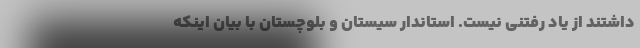
داشتند از یاد رفتنی نیست. استاندار سیستان و بلوچستان با بیان اینکه